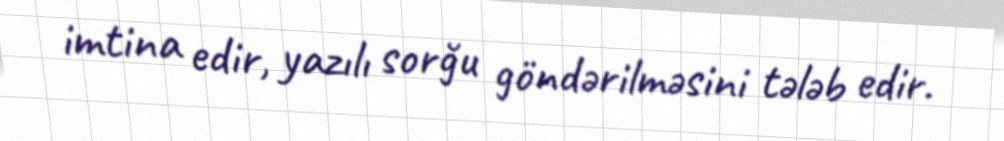
imtina edir, yazılı sorğu göndərilməsini tələb edir.